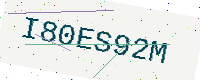
Text: I80ES92M